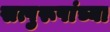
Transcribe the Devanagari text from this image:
सत्पुरूषांच्या